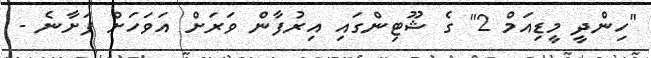
"ހިންދީ މީޑިއަމް 2" ގެ ޝޫޓިންގައި އިރުފާން ވަރަށް އަވަހަށް ފަށާނެ -